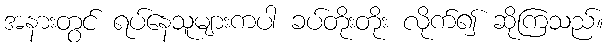
အနားတွင် ရပ်နေသူများကပါ ခပ်တိုးတိုး လိုက်၍ ဆိုကြသည်။